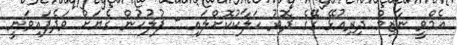
އެމްވީ ނާޒިމް ދިރިއުޅޭ ގޭގެ ދޮރު ހަލާކުކޮށްލައި - ފުލުހުން ގެޔަށް ވަދެފައިވަނީ